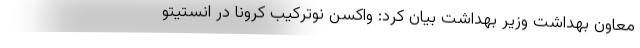
معاون بهداشت وزیر بهداشت بیان کرد: واکسن نوترکیب کرونا در انستیتو